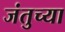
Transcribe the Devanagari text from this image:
जंतुच्या